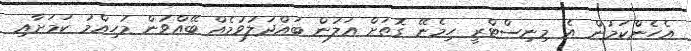
އެހެންކަމުން އެ މިނިސްޓްރީ ހިމެނޭ ގޮތަށް އަލުން ބައްދަލުވުމެއް ބޭއްވުން މުހިއްމު ކަމަށާއި